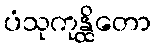
ပံသုကုန္ထိတော